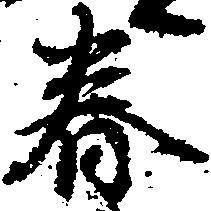
春